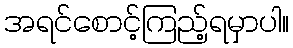
အရင်စောင့်ကြည့်ရမှာပါ။